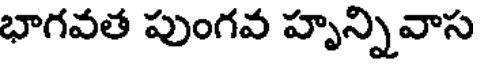
భాగవత పుంగవ హృన్నివాస